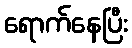
ရောက်နေပြီး